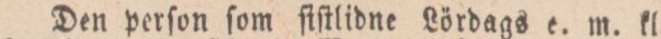
Den perſon ſom ſtſtlidne Lördags c. m. kl.